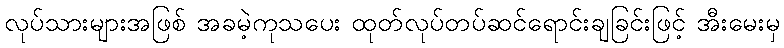
လုပ်သားများအဖြစ် အခမဲ့ကုသပေး ထုတ်လုပ်တပ်ဆင်ရောင်းချခြင်းဖြင့် အီးမေးမှ